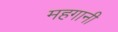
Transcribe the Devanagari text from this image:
महगानी